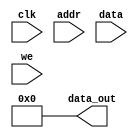
module mem_ctrl(
    input clk,
    input [31:0]addr,
    input [31:0]data,
    input we,

    output reg [15:0]data_out = 16'b0
);

always @(posedge clk) begin
/*
*   Problem 4:
*   Drive 'data_out' register here
*/
end

endmodule